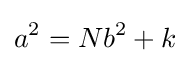
a^{2}=Nb^{2}+k